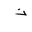
Letter: _thal